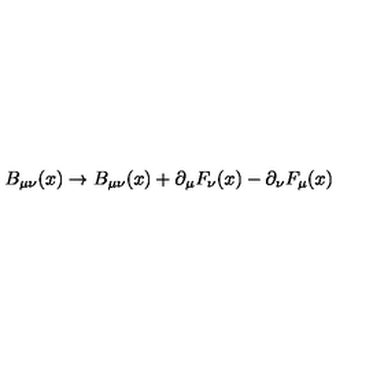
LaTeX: B _ { \mu \nu } ( x ) \rightarrow B _ { \mu \nu } ( x ) + \partial _ { \mu } F _ { \nu } ( x ) - \partial _ { \nu } F _ { \mu } ( x )